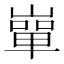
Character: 𡼤